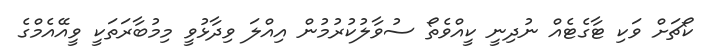
ކޯޗަށް ވަކި ޓާގެޓެއް ނުދިނީ ކީއްވެތޯ ސުވާލުކުރުމުން އިއްލަ ވިދާޅުވީ މިމުބާރަތަކީ ވީއޭއެމްގެ